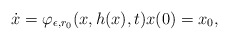
\begin{align*} \dot x = \varphi_{\epsilon, r_0}(x, h(x),t) x(0)=x_0, \end{align*}